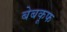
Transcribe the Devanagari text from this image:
बेबकूफ